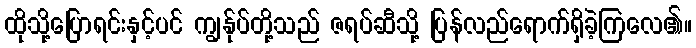
ထိုသို့ပြောရင်းနှင့်ပင် ကျွန်ုပ်တို့သည် ဇရပ်ဆီသို့ ပြန်လည်ရောက်ရှိခဲ့ကြလေ၏။